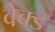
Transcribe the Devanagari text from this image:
वेक्ड